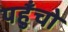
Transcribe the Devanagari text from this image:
पहुँचो